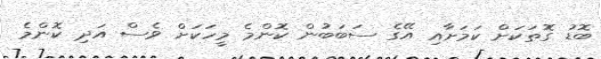
ބޮޑު ގޮތަކަށް ކަމަށާއި އޭގެ ސަބަބުން ކޮންމެ މީހަކަށް ވެސް އަދި ކޮންމެ